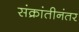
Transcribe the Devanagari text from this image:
संक्रांतीनंतर